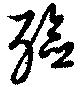
殮